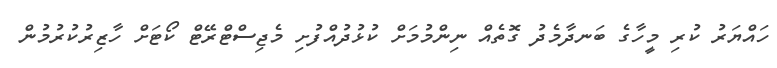
ހައްޔަރު ކުރި މީހާގެ ބަނދާމެދު ގޮތެއް ނިންމުމަށް ކުޅުދުއްފުށި މެޖިސްޓްރޭޓް ކޯޓަށް ހާޒިރުކުރުމުން